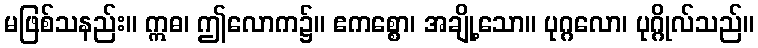
မဖြစ်သနည်း။ ဣဓ၊ ဤလောက၌။ ဧကစ္စော၊ အချို့သော။ ပုဂ္ဂလော၊ ပုဂ္ဂိုလ်သည်။